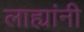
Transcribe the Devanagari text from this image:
लाह्यांनी